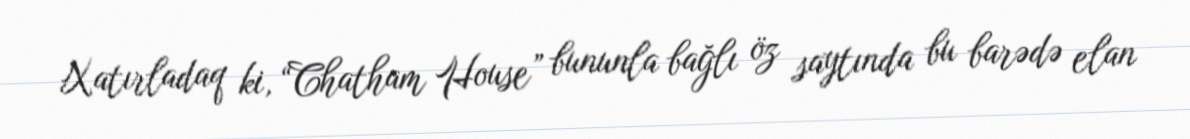
Xatırladaq ki, “Chatham House” bununla bağlı öz saytında bu barədə elan